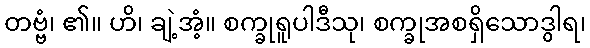
တဗ္ဗံ၊ ၏။ ဟိ၊ ချဲ့အံ့။ စက္ခုရူပါဒီသု၊ စက္ခုအစရှိသောဒွါရ၊